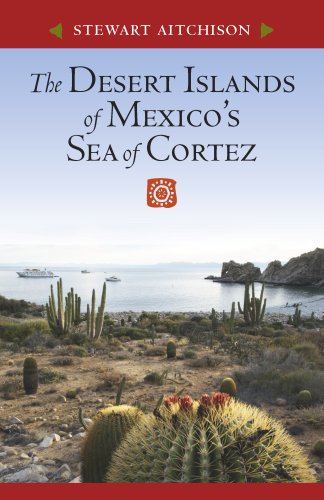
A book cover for The Desert Islands of MexicoEEs Sea of Cortez; Stewart Aitchison; Science & Math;